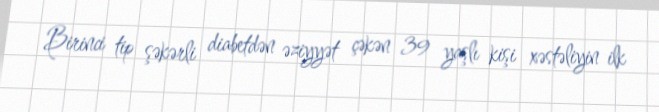
Birinci tip şəkərli diabetdən əziyyət çəkən 39 yaşlı kişi xəstəliyin ilk